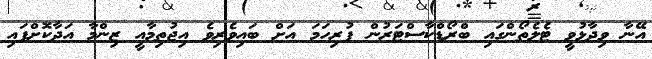
އޭނާ ވިދާޅުވީ ޓެލެތޯންގައި ބްރޯޑްކާސްޓަރުން ފުރިހަމަ އަށް ބައިވެރިވެ އިޖުތިމާއީ ޒިންމާ އަދާކޮށްފައި